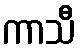
ကာသီ